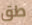
طق